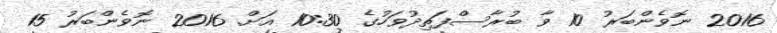
2016 ނޮވެންބަރު 10 ވާ ބުރާސްފަތިދުވަހުގެ 10:30 އަށް. 2016 ނޮވެންބަރު 15